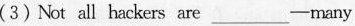
(3)Not all hackers are ___ many